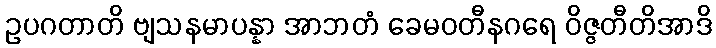
ဥပဂတာတိ ဗျသနမာပန္နာ အာဘတံ ခေမဝတီနဂရေ ဝိဇ္ဇတီတိအာဒိ